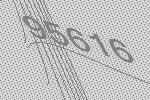
95616